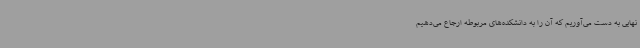
نهایی به دست می‌آوریم که آن را به دانشکده‌های مربوطه ارجاع می‌دهیم